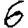
Digit: 6